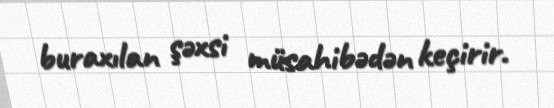
buraxılan şəxsi müsahibədən keçirir.